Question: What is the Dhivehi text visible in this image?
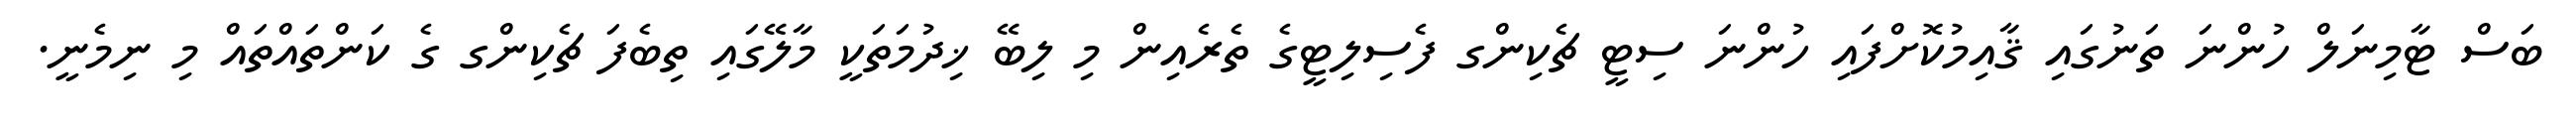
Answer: ބަސް ޓާމިނަލް ހުންނަ ތަނުގައި ޤާއިމުކޮށްފައި ހުންނަ ސިޓީ ޗެކިންގ ފެސިލިޓީގެ ތެރެއިން މި ލިބޭ ޚިދުމަތަކީ މާލޭގައި ތިބެފަ ޗެކިންގ ގެ ކަންތައްތައް މި ނިމެނީ.